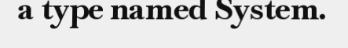
a type named System.